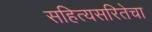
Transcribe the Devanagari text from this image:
सहित्यसरितेचा